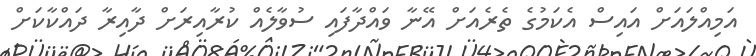
އަމިއްލައަށް އައިސް އެކަމުގެ ތެރެއަށް އޭނާ ވައްދާފައި ސުވާލެއް ކުރާއިރަށް ދާއިރާ ދައްކާކަށް